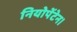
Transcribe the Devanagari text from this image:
नियोपेंटेन।